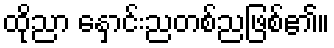
ထိုညာ နှောင်းညတစ်ညဖြစ်၏။